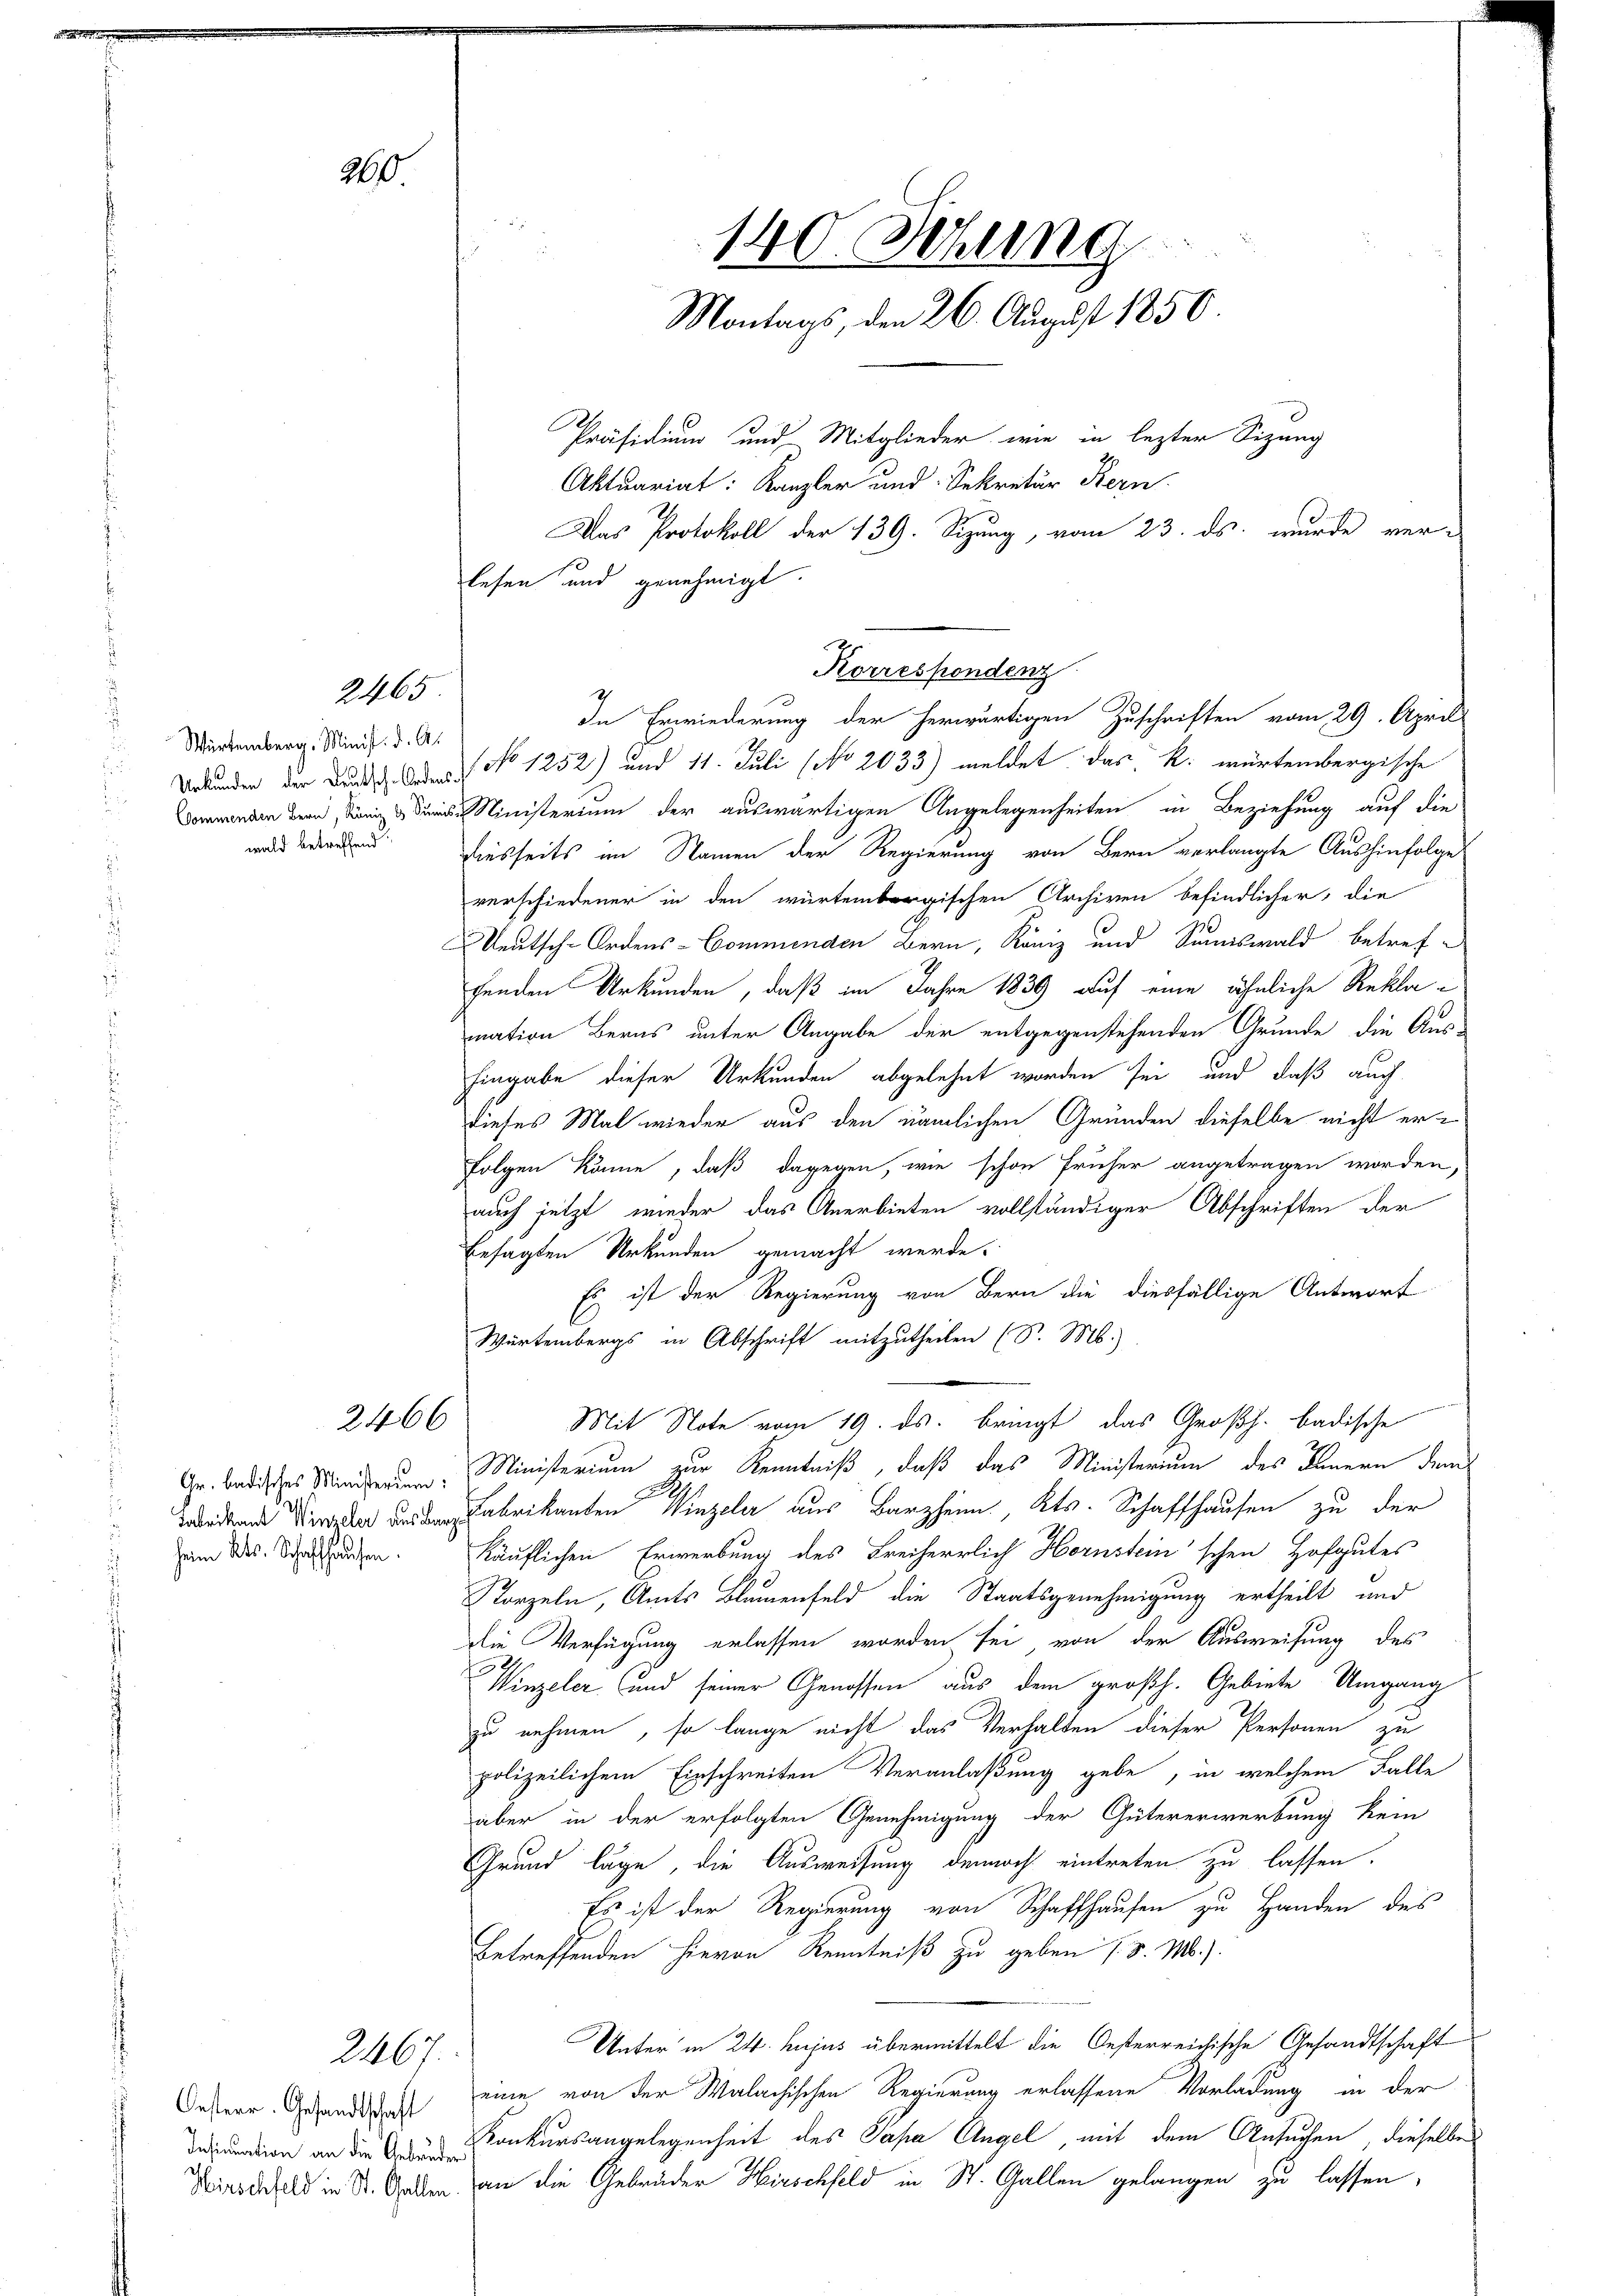
26

2465

Würtemberg. Minist. d. A.
wald betreffend:

2466

heim Kts. Schaffhausen.

Oesterr. Gesandtschaft

2467.

Urkunden der Bunde der No 1252) und 11. Juli (No 2033) meldet das k. würtembergische
Ministerium der auswärtigen Angelegenheiten in Beziehung auf die
diesseits im Namen der Regierung von Bern verlangte Aushinfolge
verschiedener in den würtembergischen Archiven befindlicher, die
Deutsch-Ordens-Commenden Bern, Köniz und Sumiswald betrefgenden Urkunden, daß im Jahre 1839 auf eine ähnliche Rekla-
mation Berns unter Angabe der entgegenstehenden Grunde die Aus-
Eingabe dieser Urkunden abgelehnt worden sei und daß auch
dieses Mal wieder aus den nämlichen Gründen dieselbe nicht er¬
Folgen könne, daß dagegen, wie schon früher angetragen worden,
auch jetzt wieder das Anerbieten vollständiger Abschriften der
besagten Urkunden gemacht werde.
Es ist der Regierung von Bern die diesfällige Antwort
Wartembergs in Abschrift mitzutheilen (S. M.)
Mit Note vom 19. ds. bringt, das Großh. badische
Gr. Badisches Minderung, Ministerium zur Kenntniß, daß das Ministerium des Innern dem
rdten die den Fabrikanten Winzeler aus Barzheim, Kts. Schaffhausen zu der
käuflichen Erwerbung des Freiherrlich Hornsteinschen Hofgutes
Porzeln, Amts Blumenfeld die Staatsgenehmigung ertheilt und
die Verfügung erlassen worden sei von der Ausweisung des
Winzeler (und seiner Genossen aus dem großh. Gebiete Umgang
zu nehmen, so lange nicht das Verhalten dieser Personen zu
polizeilichem Einschreiten Veranlaßung gebe, in welchem Falle
aber in der erfolgten Genehmigung der Gütererwerbung kein
Grund läge, die Ausweisung dennoch eintreten zu lassen.
Es ist der Regierung von Schaffhausen zu Handen des
betreffenden hievon Kenntniß zu geben 1. v. M.).
Unter in 24. hujus übermittelt die Oesterreichische Gesandtschaft
eine von der Walachischen Regierung erlassene Vorladung in der
deration an die des Konkursangelegenheit des Papa Angel, mit dem Ansuchen dieselbe
Kirschfeld in St. Gaben an die Gebrüder Hirschfeld in St. Gallen gelangen zu lassen,

140. Sitzung
Montags, den 26. August 1850.
Präsidium und Mitglieder wie in lezter Sitzung
Aktuariat: Kanzler und Sekretär Kern
Das Protokoll der 139. Sizung, vom 23. ds. wurde ver-
lesen und genehmigt.

Korrespondenz
In Erwiederung der herwärtigen Zuschriften vom 29. April